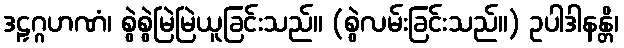
ဒဠှဂ္ဂဟဏံ၊ စွဲစွဲမြဲမြဲယူခြင်းသည်။ (စွဲလမ်းခြင်းသည်။) ဥပါဒါနန္တိ၊